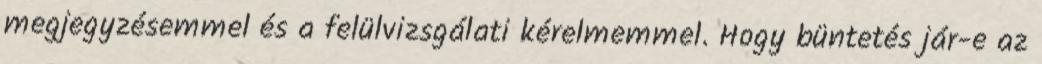
megjegyzésemmel és a felülvizsgálati kérelmemmel. Hogy büntetés jár-e az